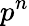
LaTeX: p^{n}